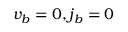
v _ { b } = 0 , j _ { b } = 0